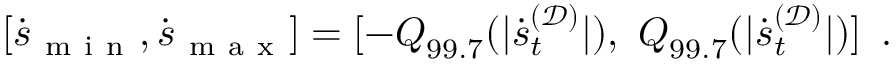
\left[ \dot { \boldsymbol { s } } _ { \mathrm { ~ m ~ i ~ n ~ } } , \dot { \boldsymbol { s } } _ { \mathrm { ~ m ~ a ~ x ~ } } \right] = [ - \boldsymbol { Q } _ { 9 9 . 7 } ( | \dot { \boldsymbol { s } } _ { t } ^ { ( \mathcal { D } ) } | ) , ~ \boldsymbol { Q } _ { 9 9 . 7 } ( | \dot { \boldsymbol { s } } _ { t } ^ { ( \mathcal { D } ) } | ) ] \enspace .